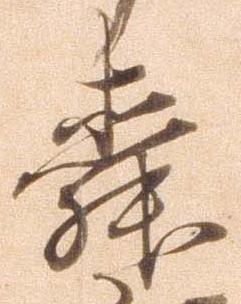
舜